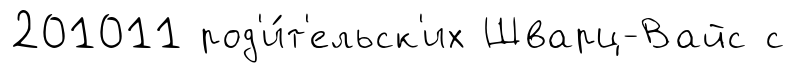
201011 род'и́т'ельск'их Шварц-Вайс с